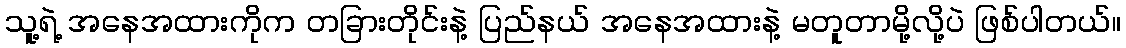
သူ့ရဲ့ အနေအထားကိုက တခြားတိုင်းနဲ့ ပြည်နယ် အနေအထားနဲ့ မတူတာမို့လို့ပဲ ဖြစ်ပါတယ်။